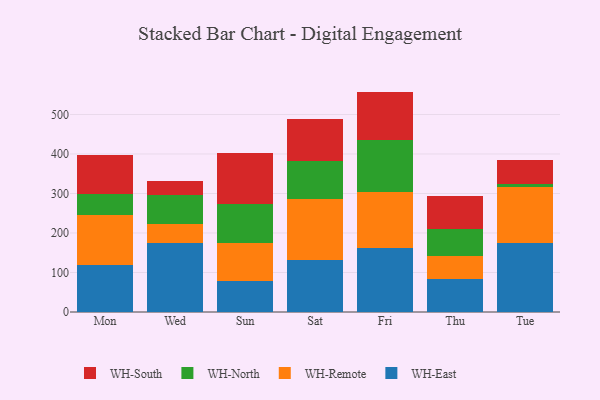
{"axis": {"x": "Day", "y": "Market Share (%)"}, "legend": ["WH-East", "WH-North", "WH-Remote", "WH-South"], "data": [{"x": "Mon", "y": 118.8, "type": "WH-East"}, {"x": "Mon", "y": 127.1, "type": "WH-Remote"}, {"x": "Mon", "y": 51.9, "type": "WH-North"}, {"x": "Mon", "y": 100.3, "type": "WH-South"}, {"x": "Wed", "y": 173.7, "type": "WH-East"}, {"x": "Wed", "y": 49.0, "type": "WH-Remote"}, {"x": "Wed", "y": 74.7, "type": "WH-North"}, {"x": "Wed", "y": 34.7, "type": "WH-South"}, {"x": "Sun", "y": 77.9, "type": "WH-East"}, {"x": "Sun", "y": 95.7, "type": "WH-Remote"}, {"x": "Sun", "y": 100.7, "type": "WH-North"}, {"x": "Sun", "y": 127.0, "type": "WH-South"}, {"x": "Sat", "y": 130.9, "type": "WH-East"}, {"x": "Sat", "y": 156.4, "type": "WH-Remote"}, {"x": "Sat", "y": 95.6, "type": "WH-North"}, {"x": "Sat", "y": 107.0, "type": "WH-South"}, {"x": "Fri", "y": 163.0, "type": "WH-East"}, {"x": "Fri", "y": 140.4, "type": "WH-Remote"}, {"x": "Fri", "y": 132.9, "type": "WH-North"}, {"x": "Fri", "y": 121.7, "type": "WH-South"}, {"x": "Thu", "y": 83.6, "type": "WH-East"}, {"x": "Thu", "y": 59.1, "type": "WH-Remote"}, {"x": "Thu", "y": 67.0, "type": "WH-North"}, {"x": "Thu", "y": 83.4, "type": "WH-South"}, {"x": "Tue", "y": 173.8, "type": "WH-East"}, {"x": "Tue", "y": 143.0, "type": "WH-Remote"}, {"x": "Tue", "y": 8.4, "type": "WH-North"}, {"x": "Tue", "y": 59.4, "type": "WH-South"}]}